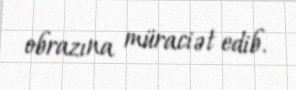
obrazına müraciət edib.